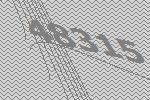
48315